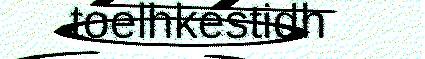
toelhkestidh